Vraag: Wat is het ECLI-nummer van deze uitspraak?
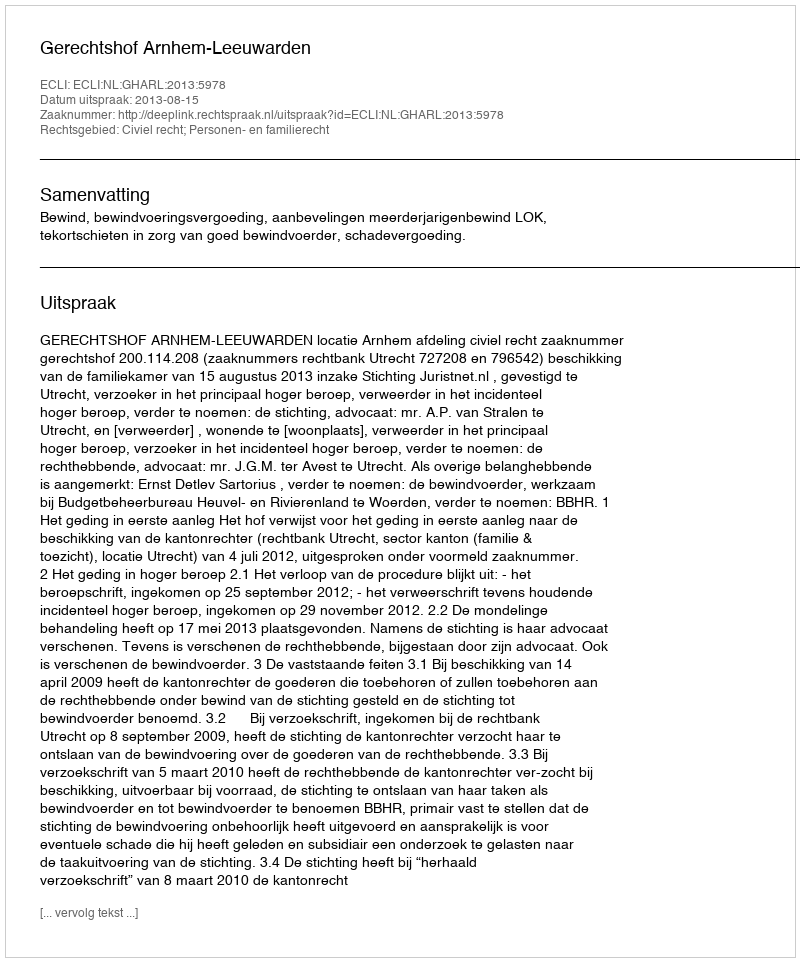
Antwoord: ECLI:NL:GHARL:2013:5978